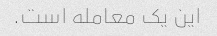
این یک معامله است.